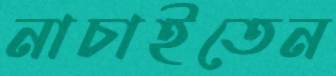
নাচাইতেন